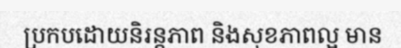
ប្រកបដោយនិរន្តភាព និងសុខភាពល្អ មាន